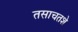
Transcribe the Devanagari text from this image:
तसाचतशे